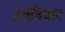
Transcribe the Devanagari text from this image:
हर्षनिधान